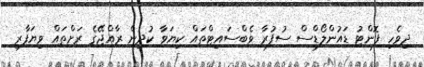
ދިވެހި ފޮންޓު ޑައުންލޯޑްސް ސުފުރާ ވެބްސައިޓްތައް ކިޔަވާ ކުދިން ރާއްޖޭގެ ރަށްތައް ވިޔަފާރި